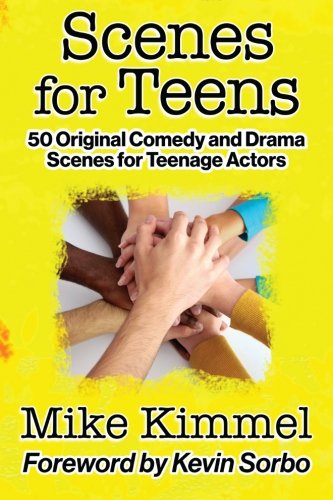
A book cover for Scenes for Teens: 50 Original Comedy and Drama Scenes for Teenage Actors; Mike Kimmel; Literature & Fiction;